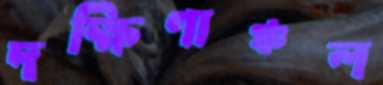
দক্ষিণাঞ্চল